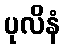
ပုလိနံ